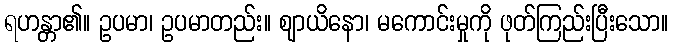
ရဟန္တာ၏။ ဥပမာ၊ ဥပမာတည်း။ ဈာယိနော၊ မကောင်းမှုကို ဖုတ်ကြည်းပြီးသော။